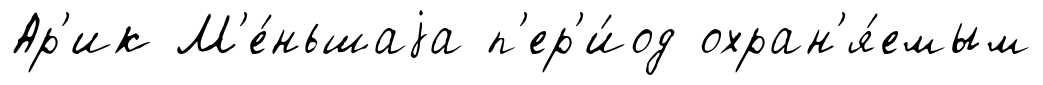
Ар'ик М'е́ньшаjа п'ер'и́од охран'я́емым